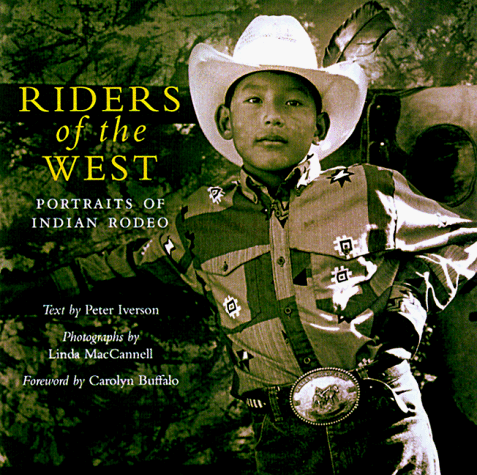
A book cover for Riders of the West: Portraits from Indian Rodeo; Sports & Outdoors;